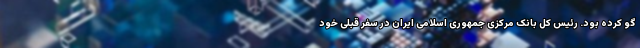
گو کرده بود. رئیس کل بانک مرکزی جمهوری اسلامی ایران در سفر قبلی خود